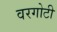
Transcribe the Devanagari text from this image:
वरगोटी